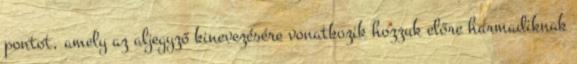
pontot, amely az aljegyző kinevezésére vonatkozik hozzuk előre harmadiknak